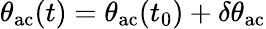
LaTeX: \theta_{\mathrm{ac}}(t)=\theta_{\mathrm{ac}}(t_{0})+\delta\theta_{\mathrm{ac}}